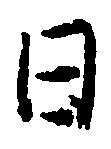
日